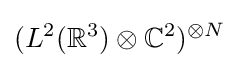
(L^{2}(\mathbb {R} ^{3})\otimes \mathbb {C} ^{2})^{\otimes N}